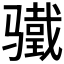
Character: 𬴋